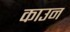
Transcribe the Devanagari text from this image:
काउन